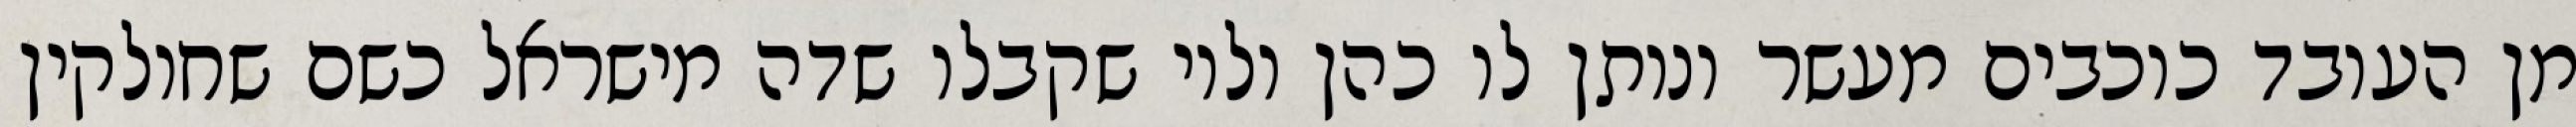
מן העובד כוכבים מעשר ונותן לו כהן ולוי שקבלו שדה מישראל כשם שחולקין